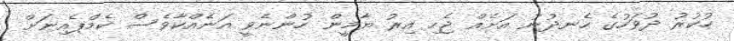
ހުކުރު ދުވަހުގެ ހެނދުނު އަށެއް ޖެހި އިރު ޔާމީން ހުންނެވީ އަނެއްކާވެސް ކެމްޕެއިނަށް